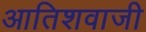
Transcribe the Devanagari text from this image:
आतिशवाजी